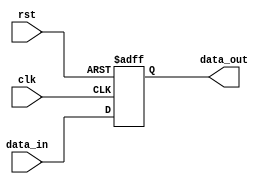
module DelayExample(
    input wire clk,
    input wire rst,
    input wire data_in,
    output reg data_out
);

    always @(posedge clk or posedge rst) begin
        if (rst) begin
            data_out <= 1'b0; // Reset data_out to 0
        end else begin
            // Introduce a delay of 10 time units before updating data_out
            #10 data_out = data_in;
        end
    end

endmodule